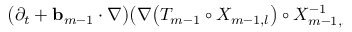
\begin{array} { r l } { \lefteqn { \bigl ( \partial _ { t } + \ensuremath { \mathbf { b } } _ { m - 1 } \cdot \nabla \bigr ) \bigl ( \nabla \mathopen { } \mathclose \bgroup \left( T _ { m - 1 } \circ X _ { m - 1 , l } \aftergroup \egroup \right) \circ X _ { m - 1 , l } ^ { - 1 } \bigr ) } \qquad } & { { } } \end{array}